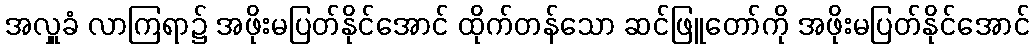
အလှူခံ လာကြရာ၌ အဖိုးမပြတ်နိုင်အောင် ထိုက်တန်သော ဆင်ဖြူတော်ကို အဖိုးမပြတ်နိုင်အောင်